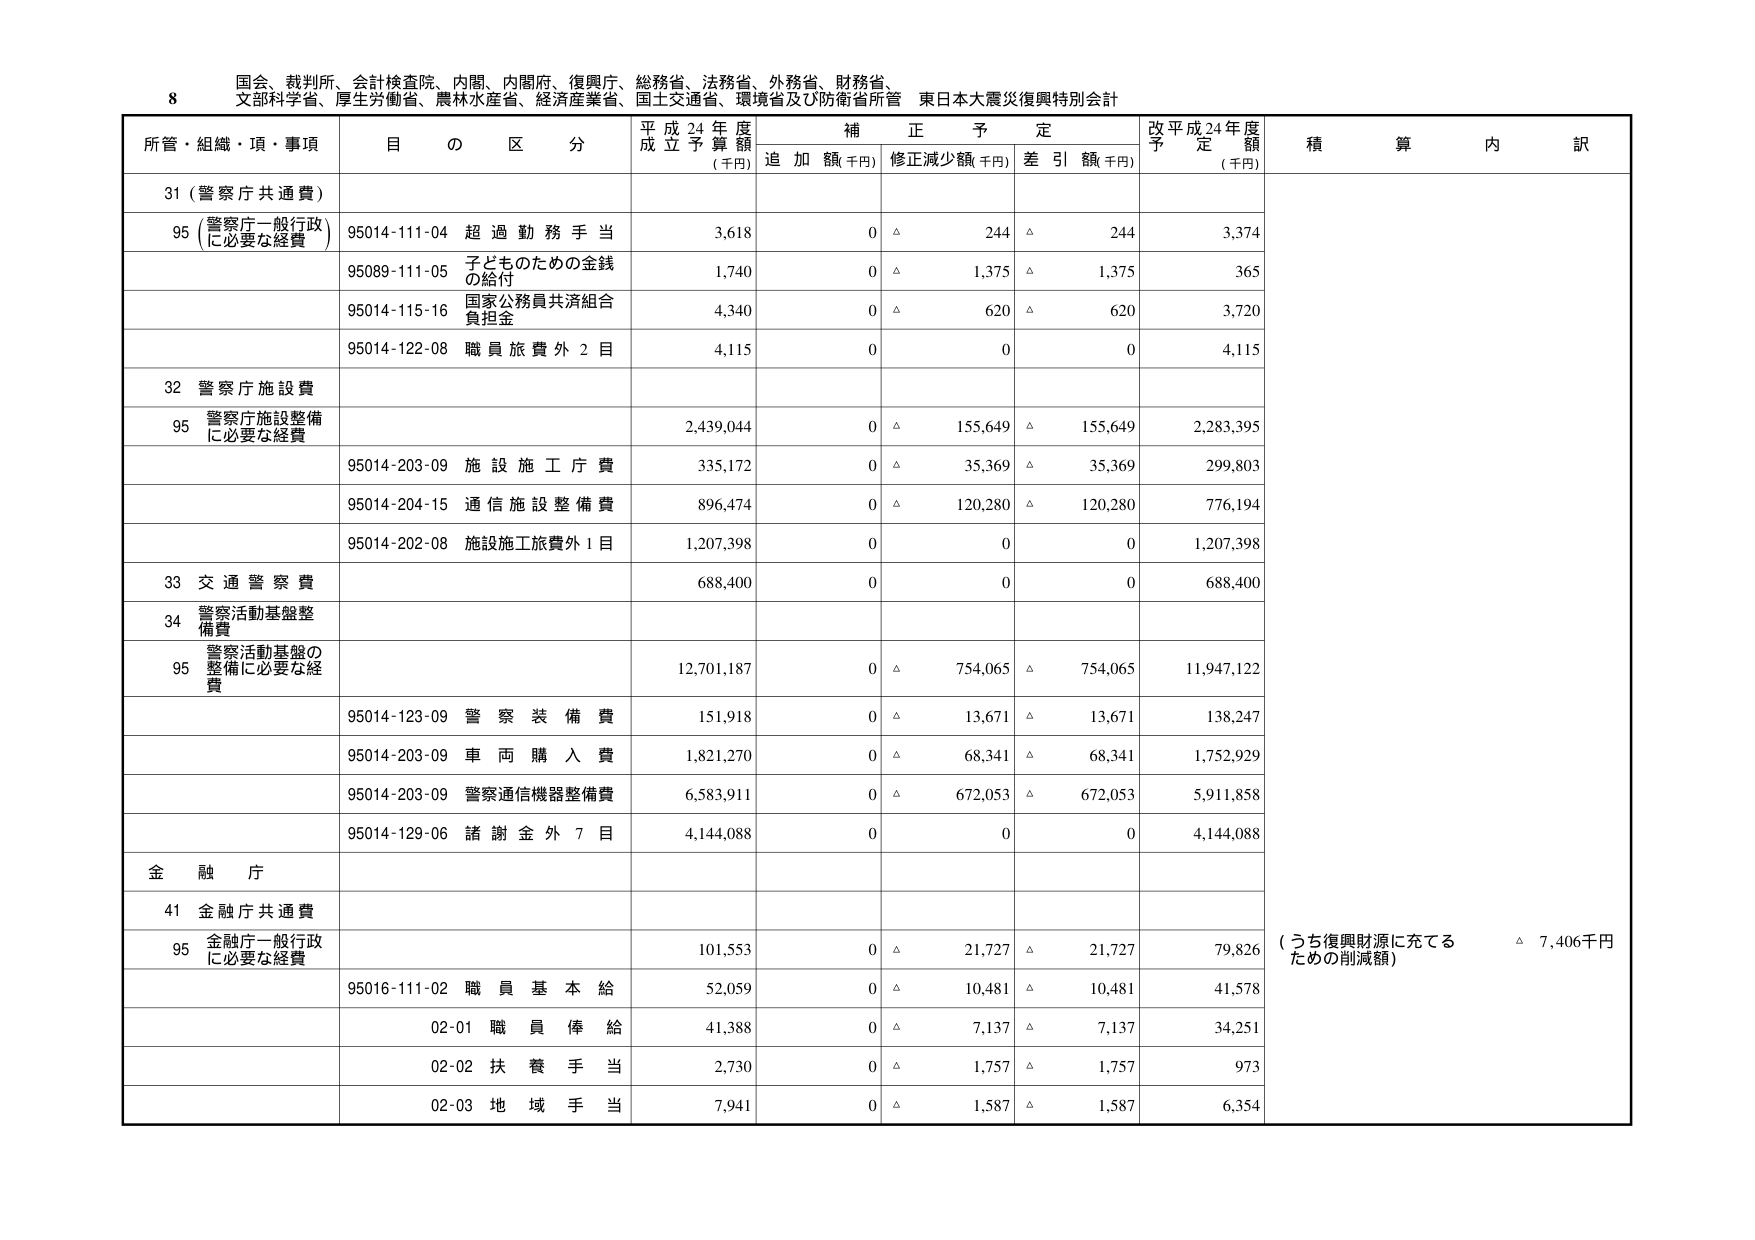
8 国会、裁判所、会計検査院、内閣、内閣府、復興庁、総務省、法務省、外務省、財務省、
文部科学省、厚生労働省、農林水産省、経済産業省、国土交通省、環境省及び防衛省所管 東日本大震災復興特別会計

所管・組織・項・事項 目 の 区 分 平成24年度 成立予算額 (千円) 補正予定 追加額(千円) 修正減少額(千円) 差引額(千円) 改平成24年度 予定額 (千円) 積算内訳

31 (警察庁共通費)

95 (警察庁一般行政 に必要な経費) 95014-111-04 超過勤務手当 3,618 0 △ 244 △ 244 3,374
95089-111-05 子どものための金銭 の給付 1,740 0 △ 1,375 △ 1,375 365
95014-115-16 国家公務員共済組合 負担金 4,340 0 △ 620 △ 620 3,720
95014-122-08 職員旅費外2目 4,115 0 0 0 4,115

32 警察庁施設費

95 警察庁施設整備 に必要な経費 2,439,044 0 △ 155,649 △ 155,649 2,283,395
95014-203-09 施設施工庁費 335,172 0 △ 35,369 △ 35,369 299,803
95014-204-15 通信施設整備費 896,474 0 △ 120,280 △ 120,280 776,194
95014-202-08 施設施工旅費外1目 1,207,398 0 0 0 1,207,398

33 交通警察費 688,400 0 0 0 688,400

34 警察活動基盤整備費

95 警察活動基盤の 整備に必要な経費 12,701,187 0 △ 754,065 △ 754,065 11,947,122
95014-123-09 警察装備費 151,918 0 △ 13,671 △ 13,671 138,247
95014-203-09 車両購入費 1,821,270 0 △ 68,341 △ 68,341 1,752,929
95014-203-09 警察通信機器整備費 6,583,911 0 △ 672,053 △ 672,053 5,911,858
95014-129-06 諸謝金外7目 4,144,088 0 0 0 4,144,088

金融庁

41 金融庁共通費

95 金融庁一般行政 に必要な経費 101,553 0 △ 21,727 △ 21,727 79,826 (うち復興財源に充てる ための削減額) △ 7,406千円
95016-111-02 職員基本給 52,059 0 △ 10,481 △ 10,481 41,578
02-01 職員俸給 41,388 0 △ 7,137 △ 7,137 34,251
02-02 扶養手当 2,730 0 △ 1,757 △ 1,757 973
02-03 地域手当 7,941 0 △ 1,587 △ 1,587 6,354